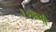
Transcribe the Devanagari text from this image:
१०कमी